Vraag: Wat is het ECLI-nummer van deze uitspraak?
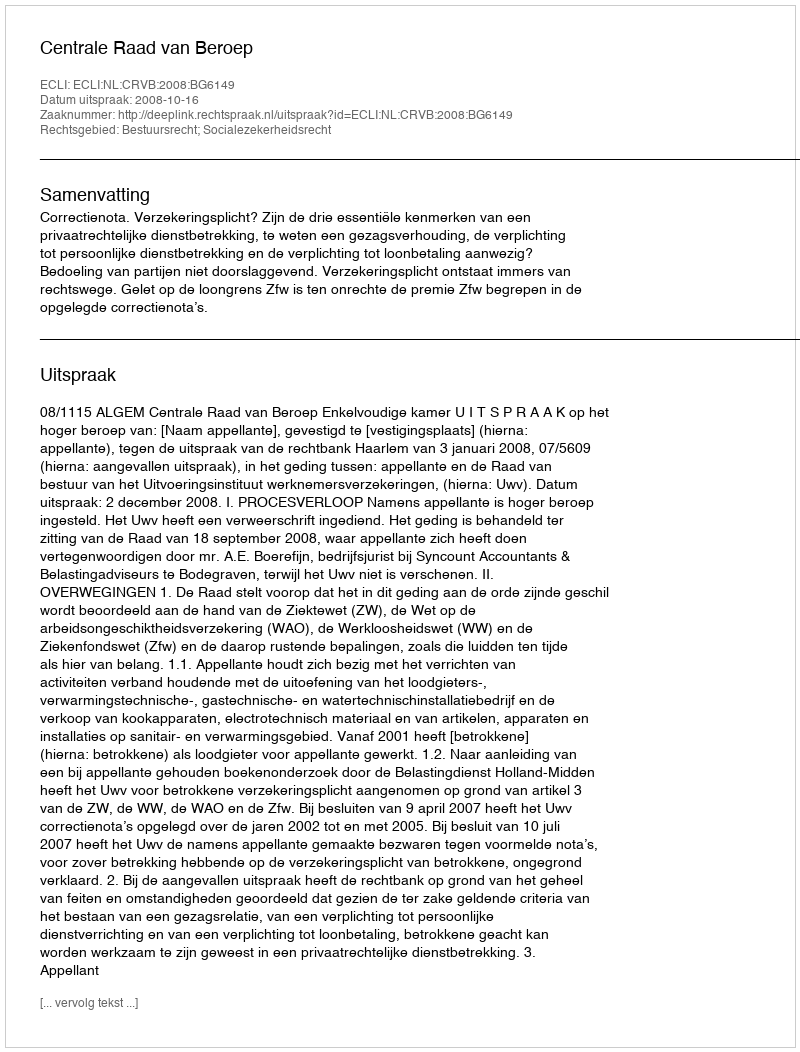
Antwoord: ECLI:NL:CRVB:2008:BG6149